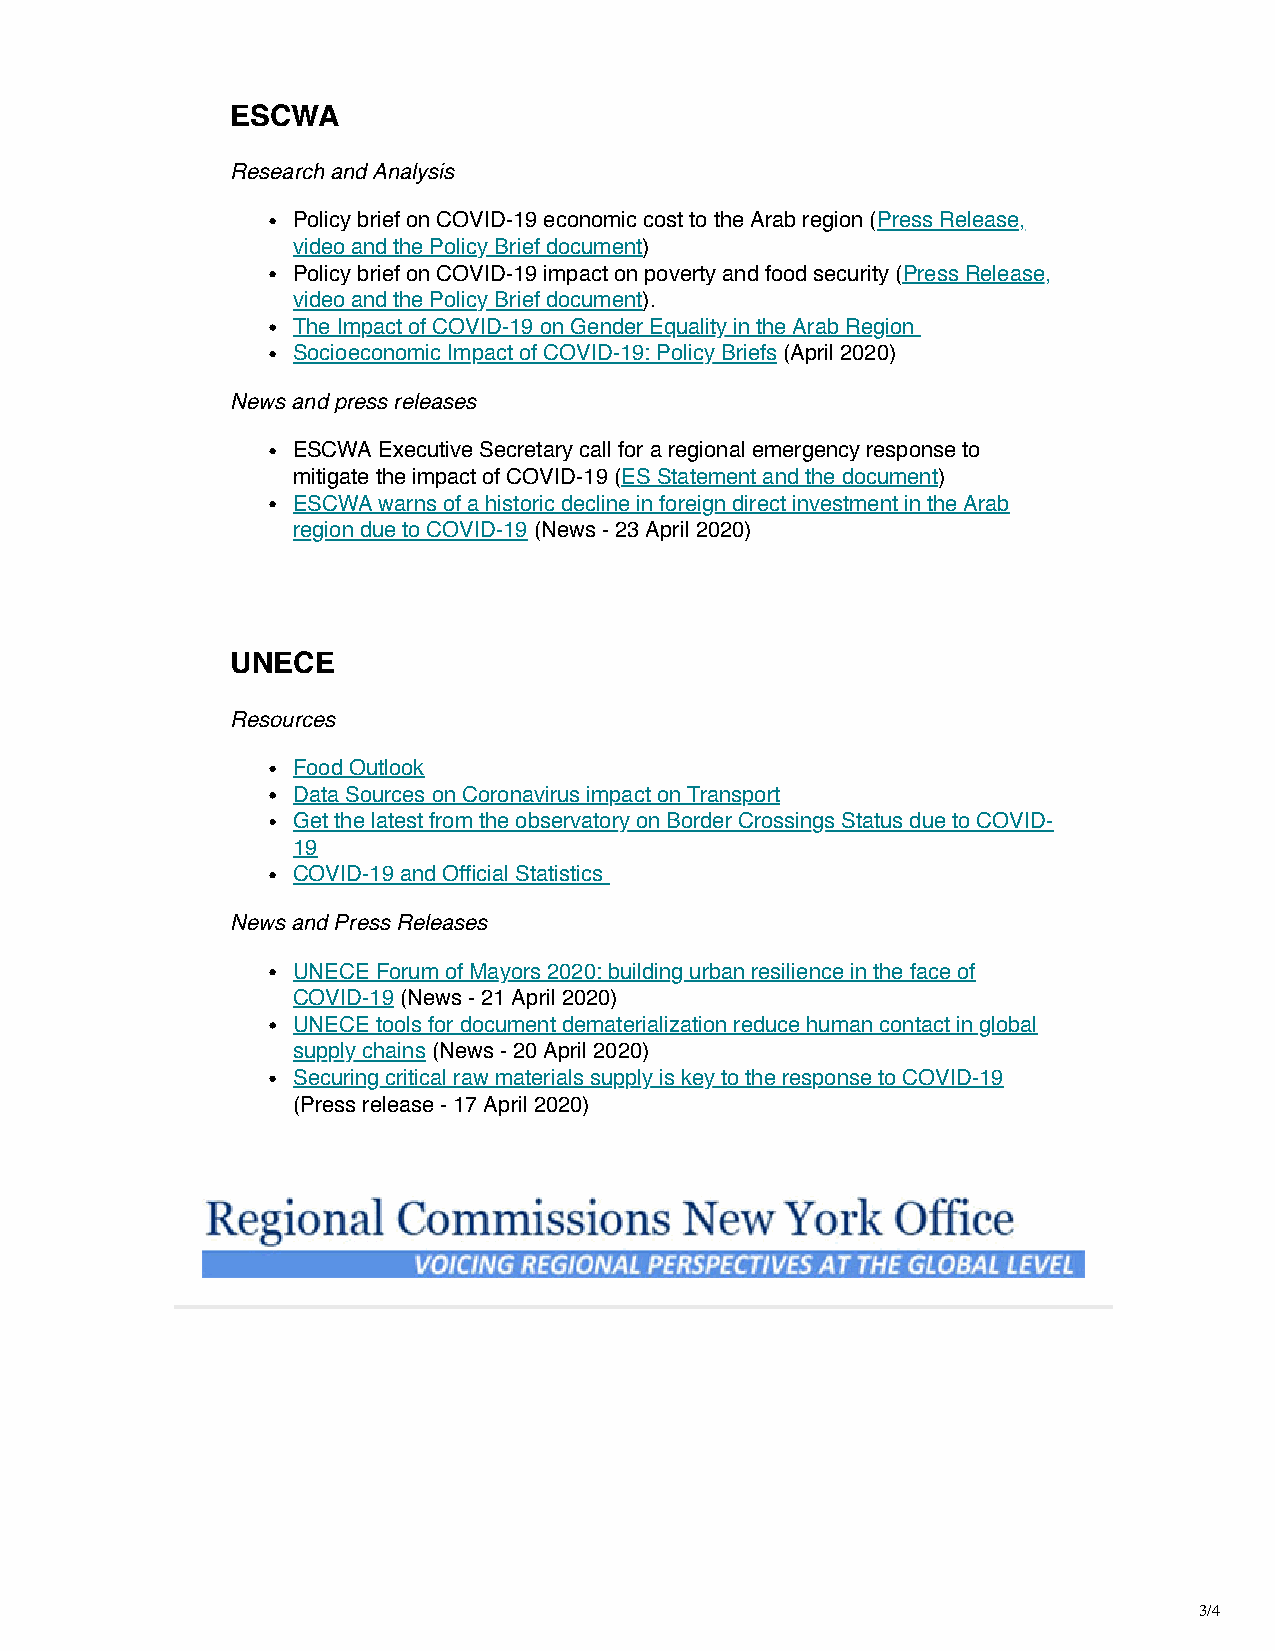
ESCWA
 Research and Analysis
 Policy brief on COVID-19 economic cost to the Arab region (Press Release,
 video and the Policy Brief document)
 Policy brief on COVID-19 impact on poverty and food security (Press Release,
 video and the Policy Brief document).
 The Impact of COVID-19 on Gender Equality in the Arab Region
 Socioeconomic Impact of COVID-19: Policy Briefs (April 2020)
 News and press releases
 ESCWA Executive Secretary call for a regional emergency response to
 mitigate the impact of COVID-19 (ES Statement and the document)
 ESCWA warns of a historic decline in foreign direct investment in the Arab
 region due to COVID-19 (News - 23 April 2020)
 UNECE
 Resources
 Food Outlook
 Data Sources on Coronavirus impact on Transport
 Get the latest from the observatory on Border Crossings Status due to COVID-
 19
 COVID-19 and Official Statistics
 News and Press Releases
 UNECE Forum of Mayors 2020: building urban resilience in the face of
 COVID-19 (News - 21 April 2020)
 UNECE tools for document dematerialization reduce human contact in global
 supply chains (News - 20 April 2020)
 Securing critical raw materials supply is key to the response to COVID-19
 (Press release - 17 April 2020)
 3/4